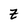
Character: z